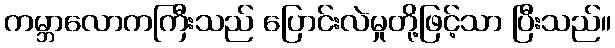
ကမ္ဘာလောကကြီးသည် ပြောင်းလဲမှုတို့ဖြင့်သာ ပြီးသည်။